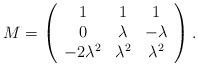
LaTeX: \begin{align*}{{M}}=\left ( \begin{array}{ccc} 1 &1 &1 \\ 0 &\lambda & -\lambda\\ -2 \lambda^{2} &\lambda^{2} & \lambda^{2}\end{array} \right).\end{align*}